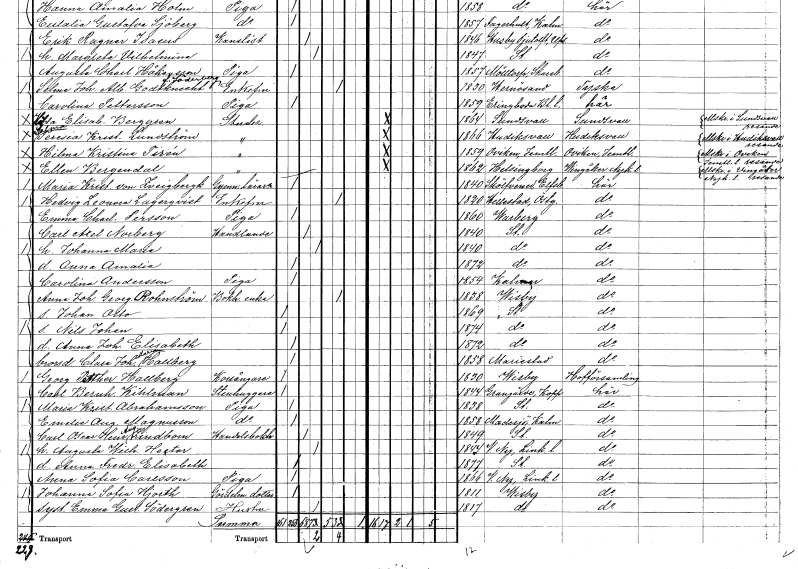
gt_parse: households: individuals: FN: Hedvig Leonora
EN: Lagerqvist
KON: K
CIV: E
FODAR: 1820
FODFORS: Hällestad Östergötlands län
FN: Emma Charlotta
EN: Persson
YRKE: Piga
KON: K
CIV: O
FODAR: 1860
FODFORS: Varberg Hallands län
FN: Carl Axel
EN: Norberg
YRKE: Handlande
KON: M
CIV: G
FODAR: 1840
FODFORS: Stockholm
FN: Johanna Maria
KON: K
CIV: G
FODAR: 1840
FODFORS: Stockholm
FN: Anna Amalia
KON: K
CIV: O
FODAR: 1872
FODFORS: Stockholm
FN: Carolina
EN: Andersson
YRKE: Piga
KON: K
CIV: O
FODAR: 1854
FODFORS: Kalmar Kalmar län
FN: Anna Johanna Georgina
EN: Rahmström
YRKE: Bokhållareänka
KON: K
CIV: E
FODAR: 1838
FODFORS: Visby Gotlands län
FN: Johan Otto
KON: M
CIV: O
FODAR: 1869
FODFORS: Stockholm
FN: Nils Johan
KON: M
CIV: O
FODAR: 1874
FODFORS: Stockholm
FN: Anna Johanna Elisabeth
KON: K
CIV: O
FODAR: 1872
FODFORS: Stockholm
FN: Clara Johanna Maria
EN: Hallberg
KON: K
CIV: O
FODAR: 1858
FODFORS: Mariestad Skaraborgs län
FN: Georg Petther
EN: Hallberg
YRKE: Korsångare
KON: M
CIV: O
FODAR: 1830
FODFORS: Visby Gotlands län
FN: Carl Bernhard
EN: Kihlman
YRKE: Stenhuggare
KON: M
CIV: O
FODAR: 1844
FODFORS: Grangärde Kopparbergs län
FN: Maria Kristina
EN: Abrahamsson
YRKE: Piga
KON: K
CIV: O
FODAR: 1838
FODFORS: Stockholm
FN: Emelie Augusta
EN: Magnusson
YRKE: Piga
KON: K
CIV: O
FODAR: 1858
FODFORS: Madesjö Kalmar län
FN: Carl Oscar Henrik August
EN: Lindbom
YRKE: Handelsbokhållare
KON: M
CIV: G
FODAR: 1849
FODFORS: Stockholm
FN: Augusta Wilhelmina
EN: Hector
KON: K
CIV: G
FODAR: 1844
FODFORS: Västra Ny Östergötlands län
FN: Anna Fredrika Elisabeth
KON: K
CIV: O
FODAR: 1877
FODFORS: Stockholm
FN: Anna Sofia
EN: Carlsson
YRKE: Piga
KON: K
CIV: O
FODAR: 1866
FODFORS: Västra Ny Östergötlands län
FN: Johanna Sofia
EN: Hjorth
YRKE: Gördelmakaredotter
KON: K
CIV: O
FODAR: 1811
FODFORS: Visby Gotlands län
FN: Emma Gustafva
EN: Södergren
YRKE: Hustru
KON: K
CIV: G
FODAR: 1817
FODFORS: Visby Gotlands län